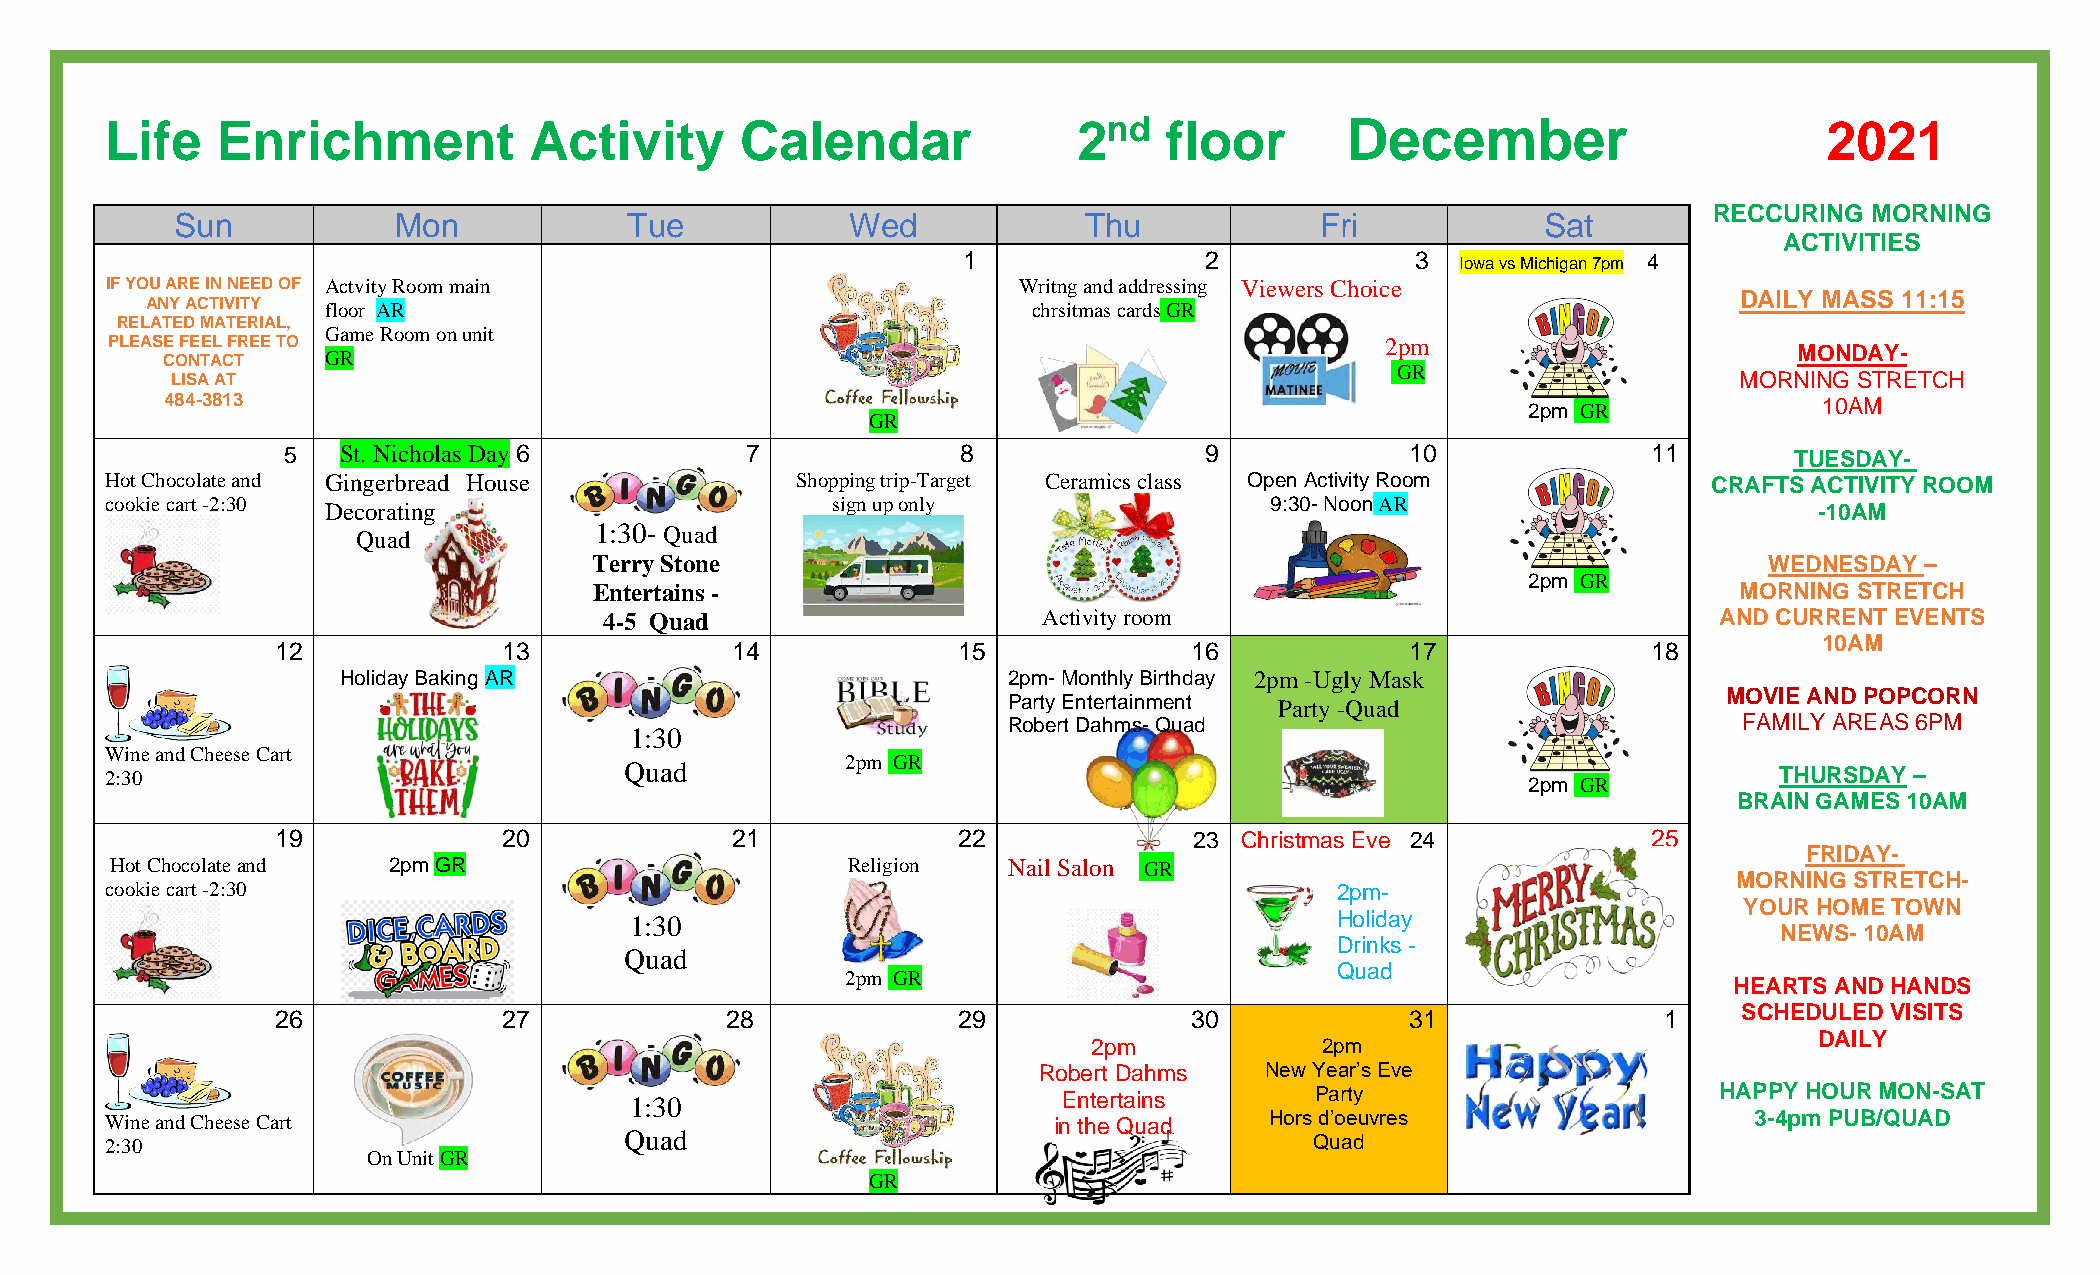
Life   Enrichment           Activity      Calendar              2nd   floor       December                        2021
 RECCURING  MORNING
 Sun           Mon             Tue           Wed             Thu            Fri            Sat
 ACTIVITIES
 1               2             3  Iowa vs Michigan 7pm 4
 IF YOU ARE IN NEED OF Actvity Room main                     Writng and addressing Viewers Choice
 DAILY MASS 11:15
 ANY ACTIVITY floor AR                                     chrsitmas cards GR
 RELATED MATERIAL,
 Game Room on unit
 PLEASE FEEL FREE TO                                                                  2pm
 CONTACT    GR                                                                                               MONDAY-
 GR
 LISA AT                                                                                                 MORNING STRETCH
 484-3813                                                                                  2pm GR              10AM
 GR
 5  S t . N i c h olas Day 6   7              8               9            10              11        TUESDAY-
 Hot Chocolate and Gingerbread House           Shopping trip-Target Ceramics class Open Activity Room      CRAFTS ACTIVITY ROOM
 cookie cart -2:30 Decorating                    sign up only                 9:30- Noon AR                       -10AM
 Quad           1:30- Quad
 Terry Stone                                                                   WEDNESDAY –
 2pm GR
 Entertains -                                                                MORNING STRETCH
 4-5 Quad                     Activity room                                AND CURRENT EVENTS
 10AM
 12             13             14             15              16            17              18
 Holiday Baking AR                           2pm- Monthly Birthday 2pm -Ugly Mask
 MOVIE AND POPCORN
 Party Entertainment Party -Quad
 Robert Dahms- Quad                              FAMILY AREAS 6PM
 1:30
 W 2:3in 0e and Cheese Cart
 Quad
 2pm GR
 THURSDAY –
 2pm GR
 BRAIN GAMES 10AM
 19             20             21             22              23 C h r i s tmas Eve 24      25
 FRIDAY-
 Hot Chocolate and  2pm GR                        Religion   Nail Salon GR
 MORNING STRETCH-
 cookie cart -2:30                                                                2pm-
 YOUR HOME TOWN
 1:30                                          Holiday
 NEWS- 10AM
 Drinks -
 Quad
 Quad
 2pm GR
 HEARTS AND HANDS
 SCHEDULED VISITS
 26             27             28             29              30            31               1
 DAILY
 2pm             2pm
 Robert Dahms   New Year’s Eve
 1:30                        Entertains       Party                      HAPPY HOUR MON-SAT
 Wine and Cheese Cart                                           in the Quad   Hors d’oeuvres                  3-4pm PUB/QUAD
 2:30                              Quad                                          Quad
 On Unit GR
 GR